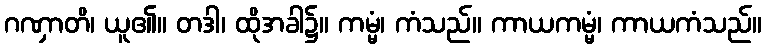
ဂဏှာတိ၊ ယူ၏။ တဒါ၊ ထိုအခါ၌။ ကမ္မံ၊ ကံသည်။ ကာယကမ္မံ၊ ကာယကံသည်။